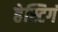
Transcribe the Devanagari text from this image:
हेस्टिगं